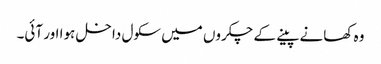
وہ کھانے پینے کے چکروں میں سکول داخل ہوا اور آئی۔